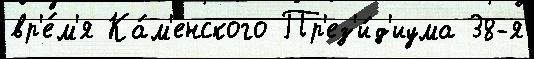
вр'е́м'я Ка́м'енского Пр'ез'и́д'иума 38-я